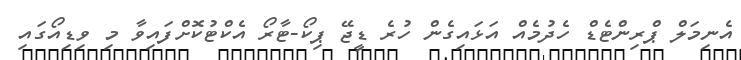
އެނިމަލް ޕްރިންޓެޑް ހެދުމެއް އަޅައިގެން ހުރެ ޑީޖޭ ޕިކޯ-ޓާރޯ އެކްޓުކޮށްފައިވާ މި ވިޑިއޯގައި